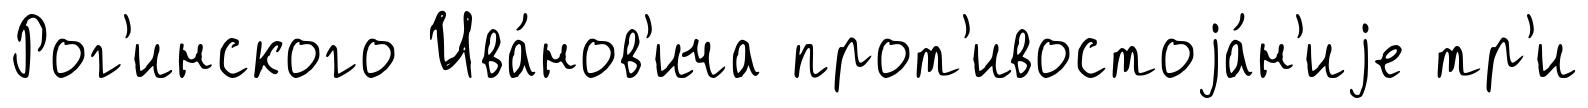
Рог'инского Ива́нов'ича прот'ивостоjа́н'иjе тр'и